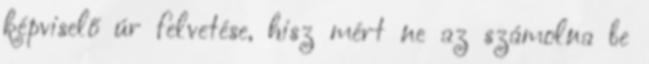
képviselő úr felvetése, hisz mért ne az számolna be